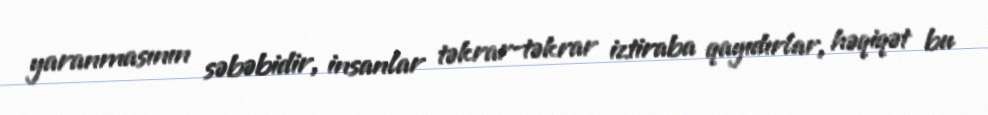
yaranmasının səbəbidir, insanlar təkrar-təkrar iztiraba qayıdırlar, həqiqət bu